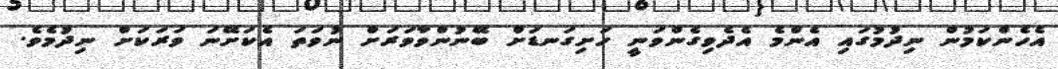
އެހެންކަމުން ނިދުމުގައި އެންމެ އެދެވިގެންވަނީ ހަށިގަނޑަށް ބޭނުންވާވަރަށް ނުވަތަ އެކަށޭނަ ވަރަކަށް ނިދުމެވެ.